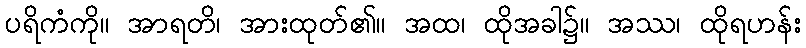
ပရိကံကို။ အာရတိ၊ အားထုတ်၏။ အထ၊ ထိုအခါ၌။ အဿ၊ ထိုရဟန်း